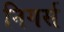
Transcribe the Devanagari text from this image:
निगर्स